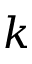
k